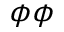
\phi \phi